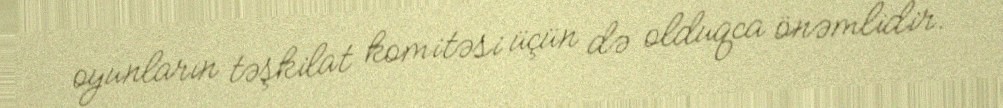
oyunların təşkilat komitəsi üçün də olduqca önəmlidir.